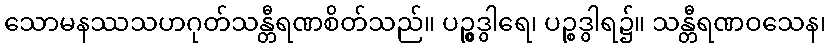
သောမနဿသဟဂုတ်သန္တီရဏစိတ်သည်။ ပဉ္စွဒွါရေ၊ ပဉ္စဒွါရ၌။ သန္တီရဏဝသေန၊